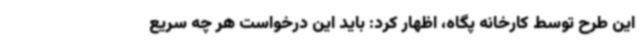
این طرح توسط کارخانه پگاه، اظهار کرد: باید این درخواست هر چه سریع